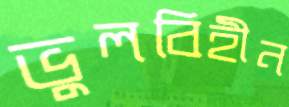
ভুলবিহীন